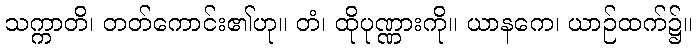
သက္ကာတိ၊ တတ်ကောင်း၏ဟု။ တံ၊ ထိုပုဏ္ဏားကို။ ယာနကေ၊ ယာဉ်ထက်၌။